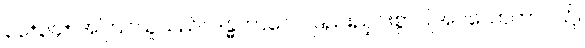
၃၃+၃၄+ အကြင်သူသည်။ ဒန္ဓကာလေ၊ ဖြည်းညှင်းစွာပြုအပ်သောကာလ၌။